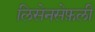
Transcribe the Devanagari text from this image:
लिसेनसेफ़ली